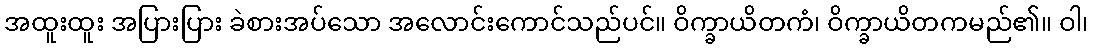
အထူးထူး အပြားပြား ခဲစားအပ်သော အလောင်းကောင်သည်ပင်။ ဝိက္ခာယိတကံ၊ ဝိက္ခာယိတကမည်၏။ ဝါ၊